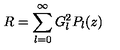
R = \sum _ { l = 0 } ^ { \infty } G _ { l } ^ { 2 } P _ { l } ( z )